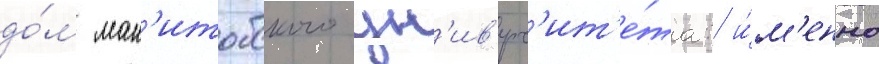
до́м ман'итобского ун'ив'ерс'ит'е́та: и́м'енно